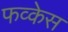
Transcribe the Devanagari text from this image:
फव्केस